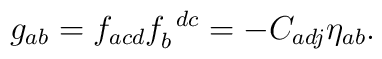
g_{ab} = f_{acd} f_{b} ^{~dc} = - C_{adj} \eta _{ab}.